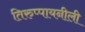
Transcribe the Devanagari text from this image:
तिरुप्पायनीली